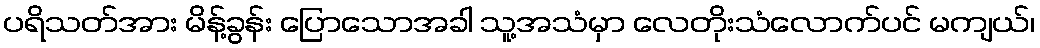
ပရိသတ်အား မိန့်ခွန်း ပြောသောအခါ သူ့အသံမှာ လေတိုးသံလောက်ပင် မကျယ်၊